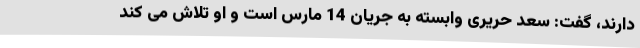
دارند، گفت: سعد حریری وابسته به جریان 14 مارس است و او تلاش می کند